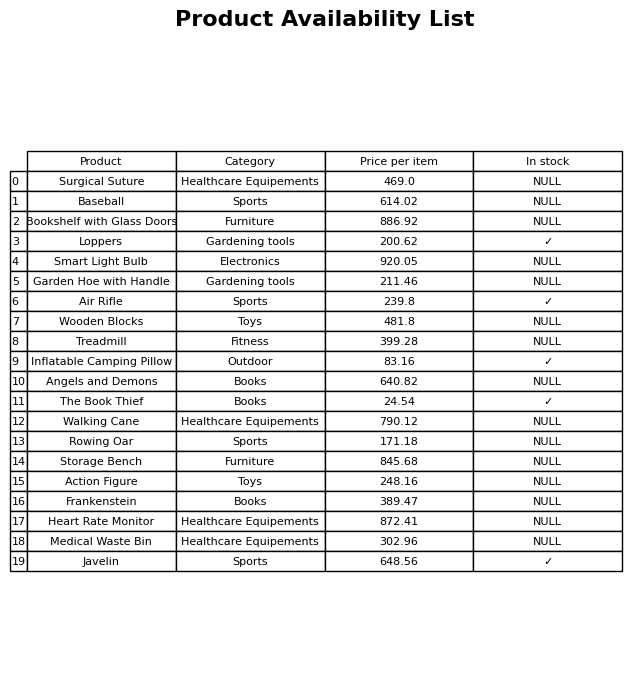
question: What is the price for Smart Light Bulb?
answer: The price of Smart Light Bulb is 920.05.